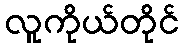
လူကိုယ်တိုင်